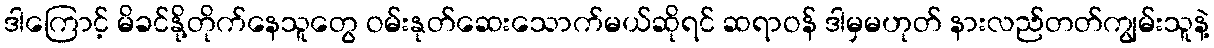
ဒါကြောင့် မိခင်နို့တိုက်နေသူတွေ ဝမ်းနုတ်ဆေးသောက်မယ်ဆိုရင် ဆရာဝန် ဒါမှမဟုတ် နားလည်တတ်ကျွမ်းသူနဲ့